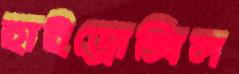
হাইড্রোক্সিল